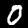
Digit: 0